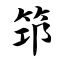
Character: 筇